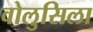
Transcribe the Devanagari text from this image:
वोलुसिला